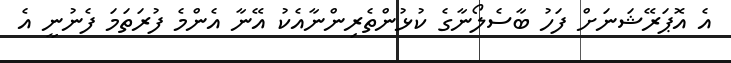
އެ އޮޕަރޭޝަނަށް ފަހު ބާސެލޯނާގެ ކުޅުންތެރިންނާއެކު އޭނާ އެންމެ ފުރަތަމަ ފެނުނީ އެ